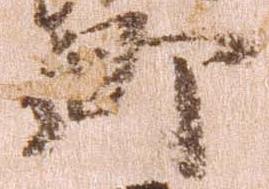
郷